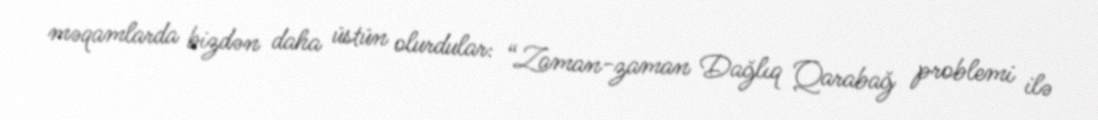
məqamlarda bizdən daha üstün olurdular: “Zaman-zaman Dağlıq Qarabağ problemi ilə